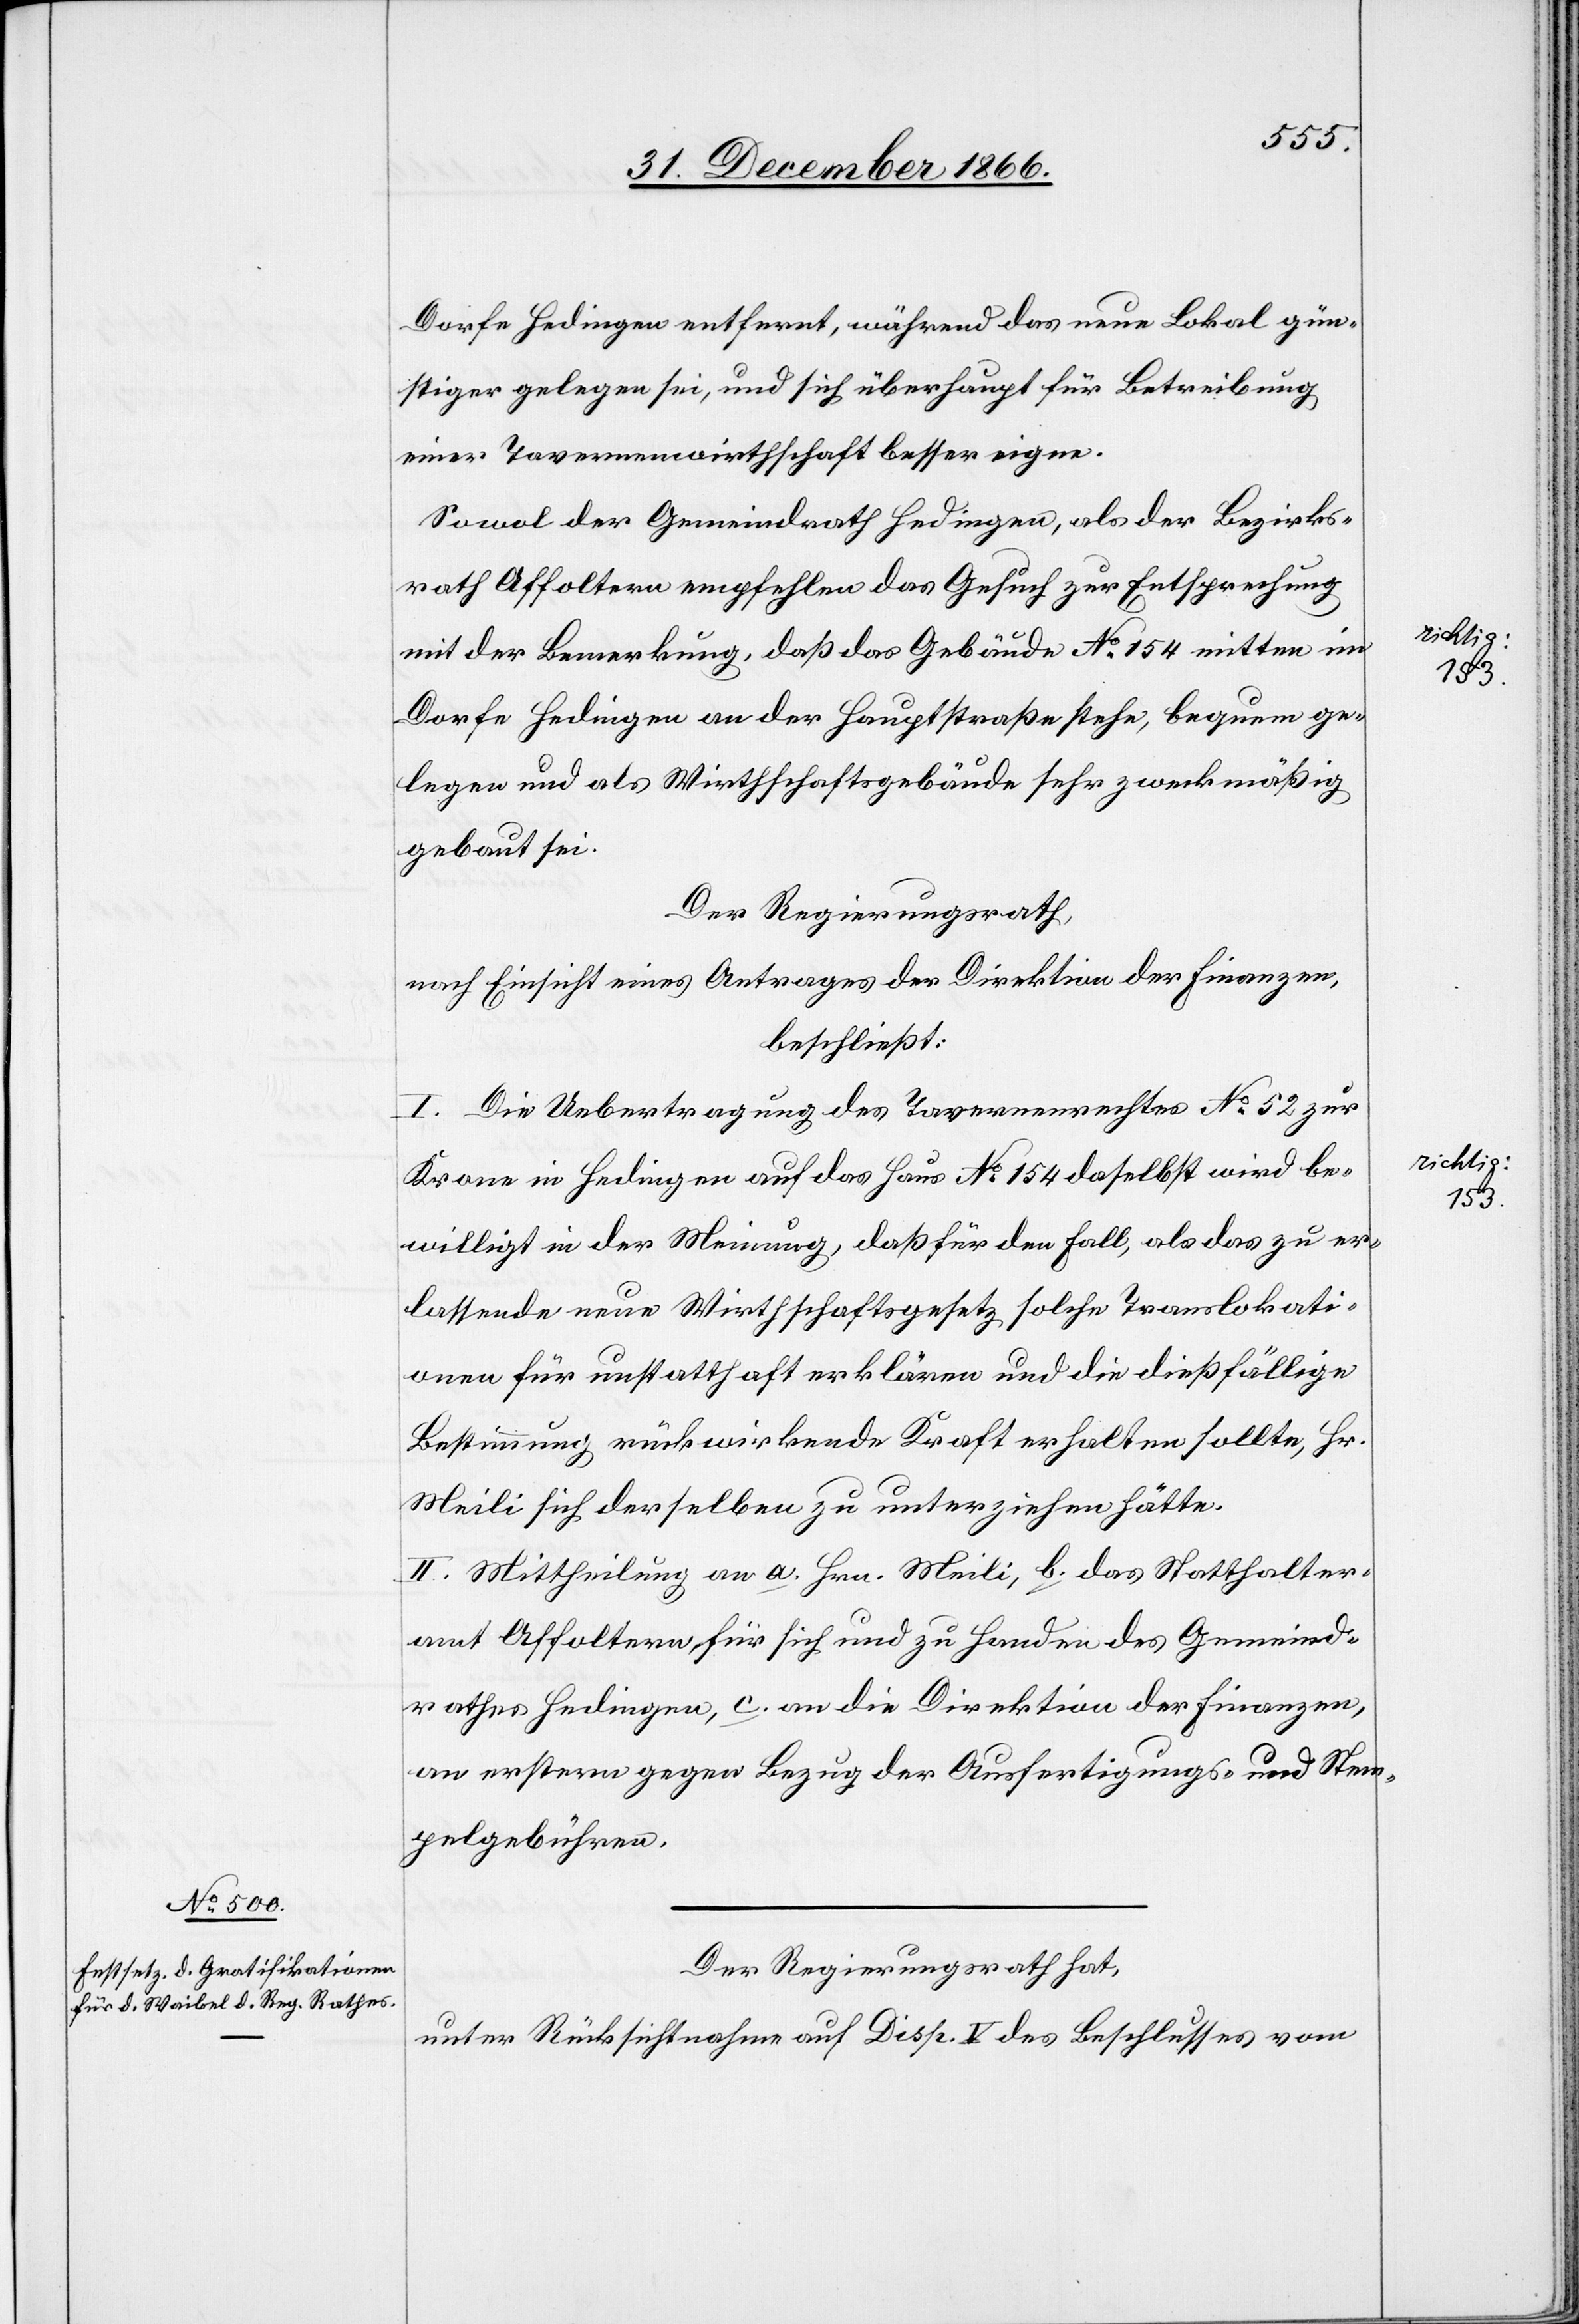
Dorfe Hedingen entfernt, während das neue Lokal gün¬
stiger gelegen sei, und sich überhaupt für Betreibung
einer Tavernenwirthschaft besser eigne.
Sowol der Gemeindrath Hedingen, als der Bezirks¬
rath Affoltern empfehlen das Gesuch zur Entsprechung
mit der Bemerkung, daß das Gebäude No. 154 a-ri¬
Dorfe Hedingen an der Hauptstraße stehe, bequem ge¬
legen und als Wirthschaftsgebäude sehr zweckmäßig
gebaut sei.
Der Regierungsrath,
nach Einsicht eines Antrages der Direktion der Finanzen,
beschließt:
I. Die Uebertragung des Tavernenrechtes No. 52 zur
Krone in Hedingen auf das Haus No. 154 a-richtig: 153.-a
willigt in der Meinung, daß für den Fall, als das zu er¬
lassende neue Wirthschaftsgesetz solche Translokati¬
onen für unstatthaft erklären und die dießfällige
Bestimmung rückwirkende Kraft erhalten sollte, Hr.
Meili sich derselben zu unterziehen hätte.
II. Mittheilung an a. Hrn. Meili, b. das Statthalter¬
amt Affoltern für sich und zu Handen des Gemeind¬
rathes Hedingen, c. an die Direktion der Finanzen,
an erstern gegen Bezug der Ausfertigungs- und Stem¬
pelgebühren.
Der Regierungsrath hat,
unter Rücksichtnahme auf Disp. V des Beschlusses vom

daselbst
be¬
chtig:
153.-a